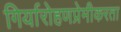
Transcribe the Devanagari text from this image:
गिर्यारोहणप्रेमीकरता